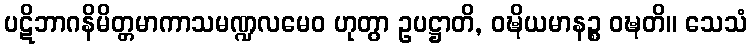
ပဋိဘာဂနိမိတ္တမာကာသမဏ္ဍလမေဝ ဟုတွာ ဥပဋ္ဌာတိ, ဝဍ္ဎိယမာနဉ္စ ဝဍ္ဎတိ။ သေသံ